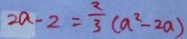
2 a - 2 = \frac { 2 } { 3 } ( a ^ { 2 } - 2 a )